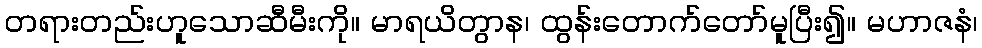
တရားတည်းဟူသောဆီမီးကို။ မာရယိတွာန၊ ထွန်းတောက်တော်မူပြီး၍။ မဟာဇနံ၊